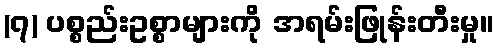
(၇) ပစ္စည်းဥစ္စာများကို အရမ်းဖြုန်းတီးမှု။